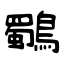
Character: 鸀